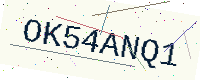
Text: OK54ANQ1